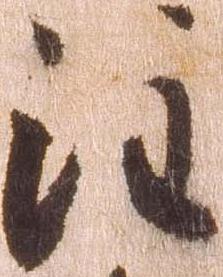
注